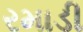
રમાડી